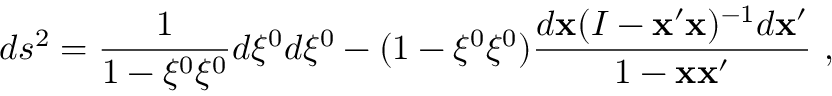
d s ^ { 2 } = \frac { 1 } { 1 - \xi ^ { 0 } \xi ^ { 0 } } d \xi ^ { 0 } d \xi ^ { 0 } - ( 1 - \xi ^ { 0 } \xi ^ { 0 } ) \frac { d { \bf x } ( I - { \bf x } ^ { \prime } { \bf x } ) ^ { - 1 } d { \bf x } ^ { \prime } } { 1 - { \bf x } { \bf x } ^ { \prime } } ~ ,